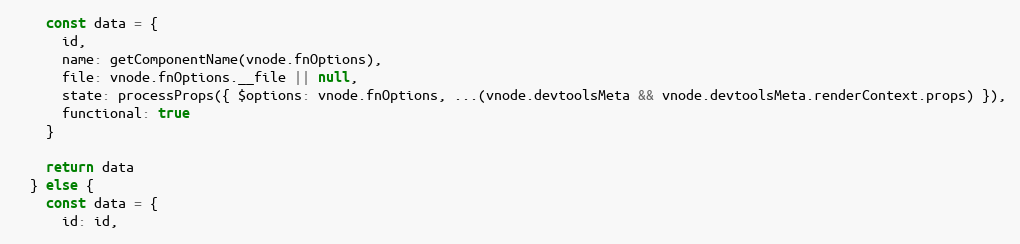
Language: JavaScript
    const data = {
      id,
      name: getComponentName(vnode.fnOptions),
      file: vnode.fnOptions.__file || null,
      state: processProps({ $options: vnode.fnOptions, ...(vnode.devtoolsMeta && vnode.devtoolsMeta.renderContext.props) }),
      functional: true
    }

    return data
  } else {
    const data = {
      id: id,